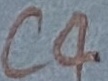
Text: C4